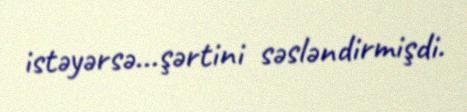
istəyərsə...şərtini səsləndirmişdi.